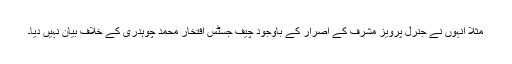
مثلاً انہوں نے جنرل پرویز مشرف کے اصرار کے باوجود چیف جسٹس افتخار محمد چوہدری کے خلاف بیان نہیں دیا۔